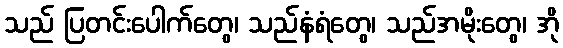
သည် ပြတင်းပေါက်တွေ၊ သည်နံရံတွေ၊ သည်အမိုးတွေ၊ အို